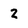
Character: z